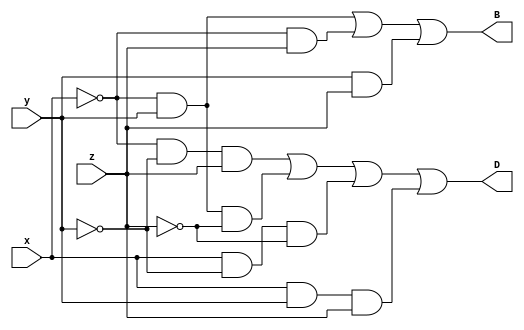
/*      Verilog   */

module Fullsub(x, y, z, D, B);
	input	x, y, z;
	output	D, B;

	assign	D = (~x&~y&z)|(~x&y&~z)|(x&~y&~z)|(x&y&z);
	assign	B = (~x&y)|(~x&z)|(y&z);


endmodule